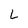
Character: L